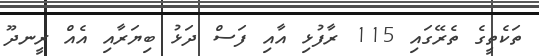
ތަކެތީގެ ތެރޭގައި 115 ރާފުޅި އާއި ފަސް ދަޅު ބިޔަރާއި އެއް ރީނދޫ